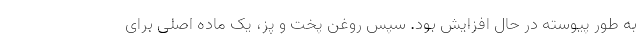
به طور پیوسته در حال افزایش بود. سپس روغن پخت و پز، یک ماده اصلی برای